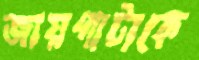
জায়গাটাকে